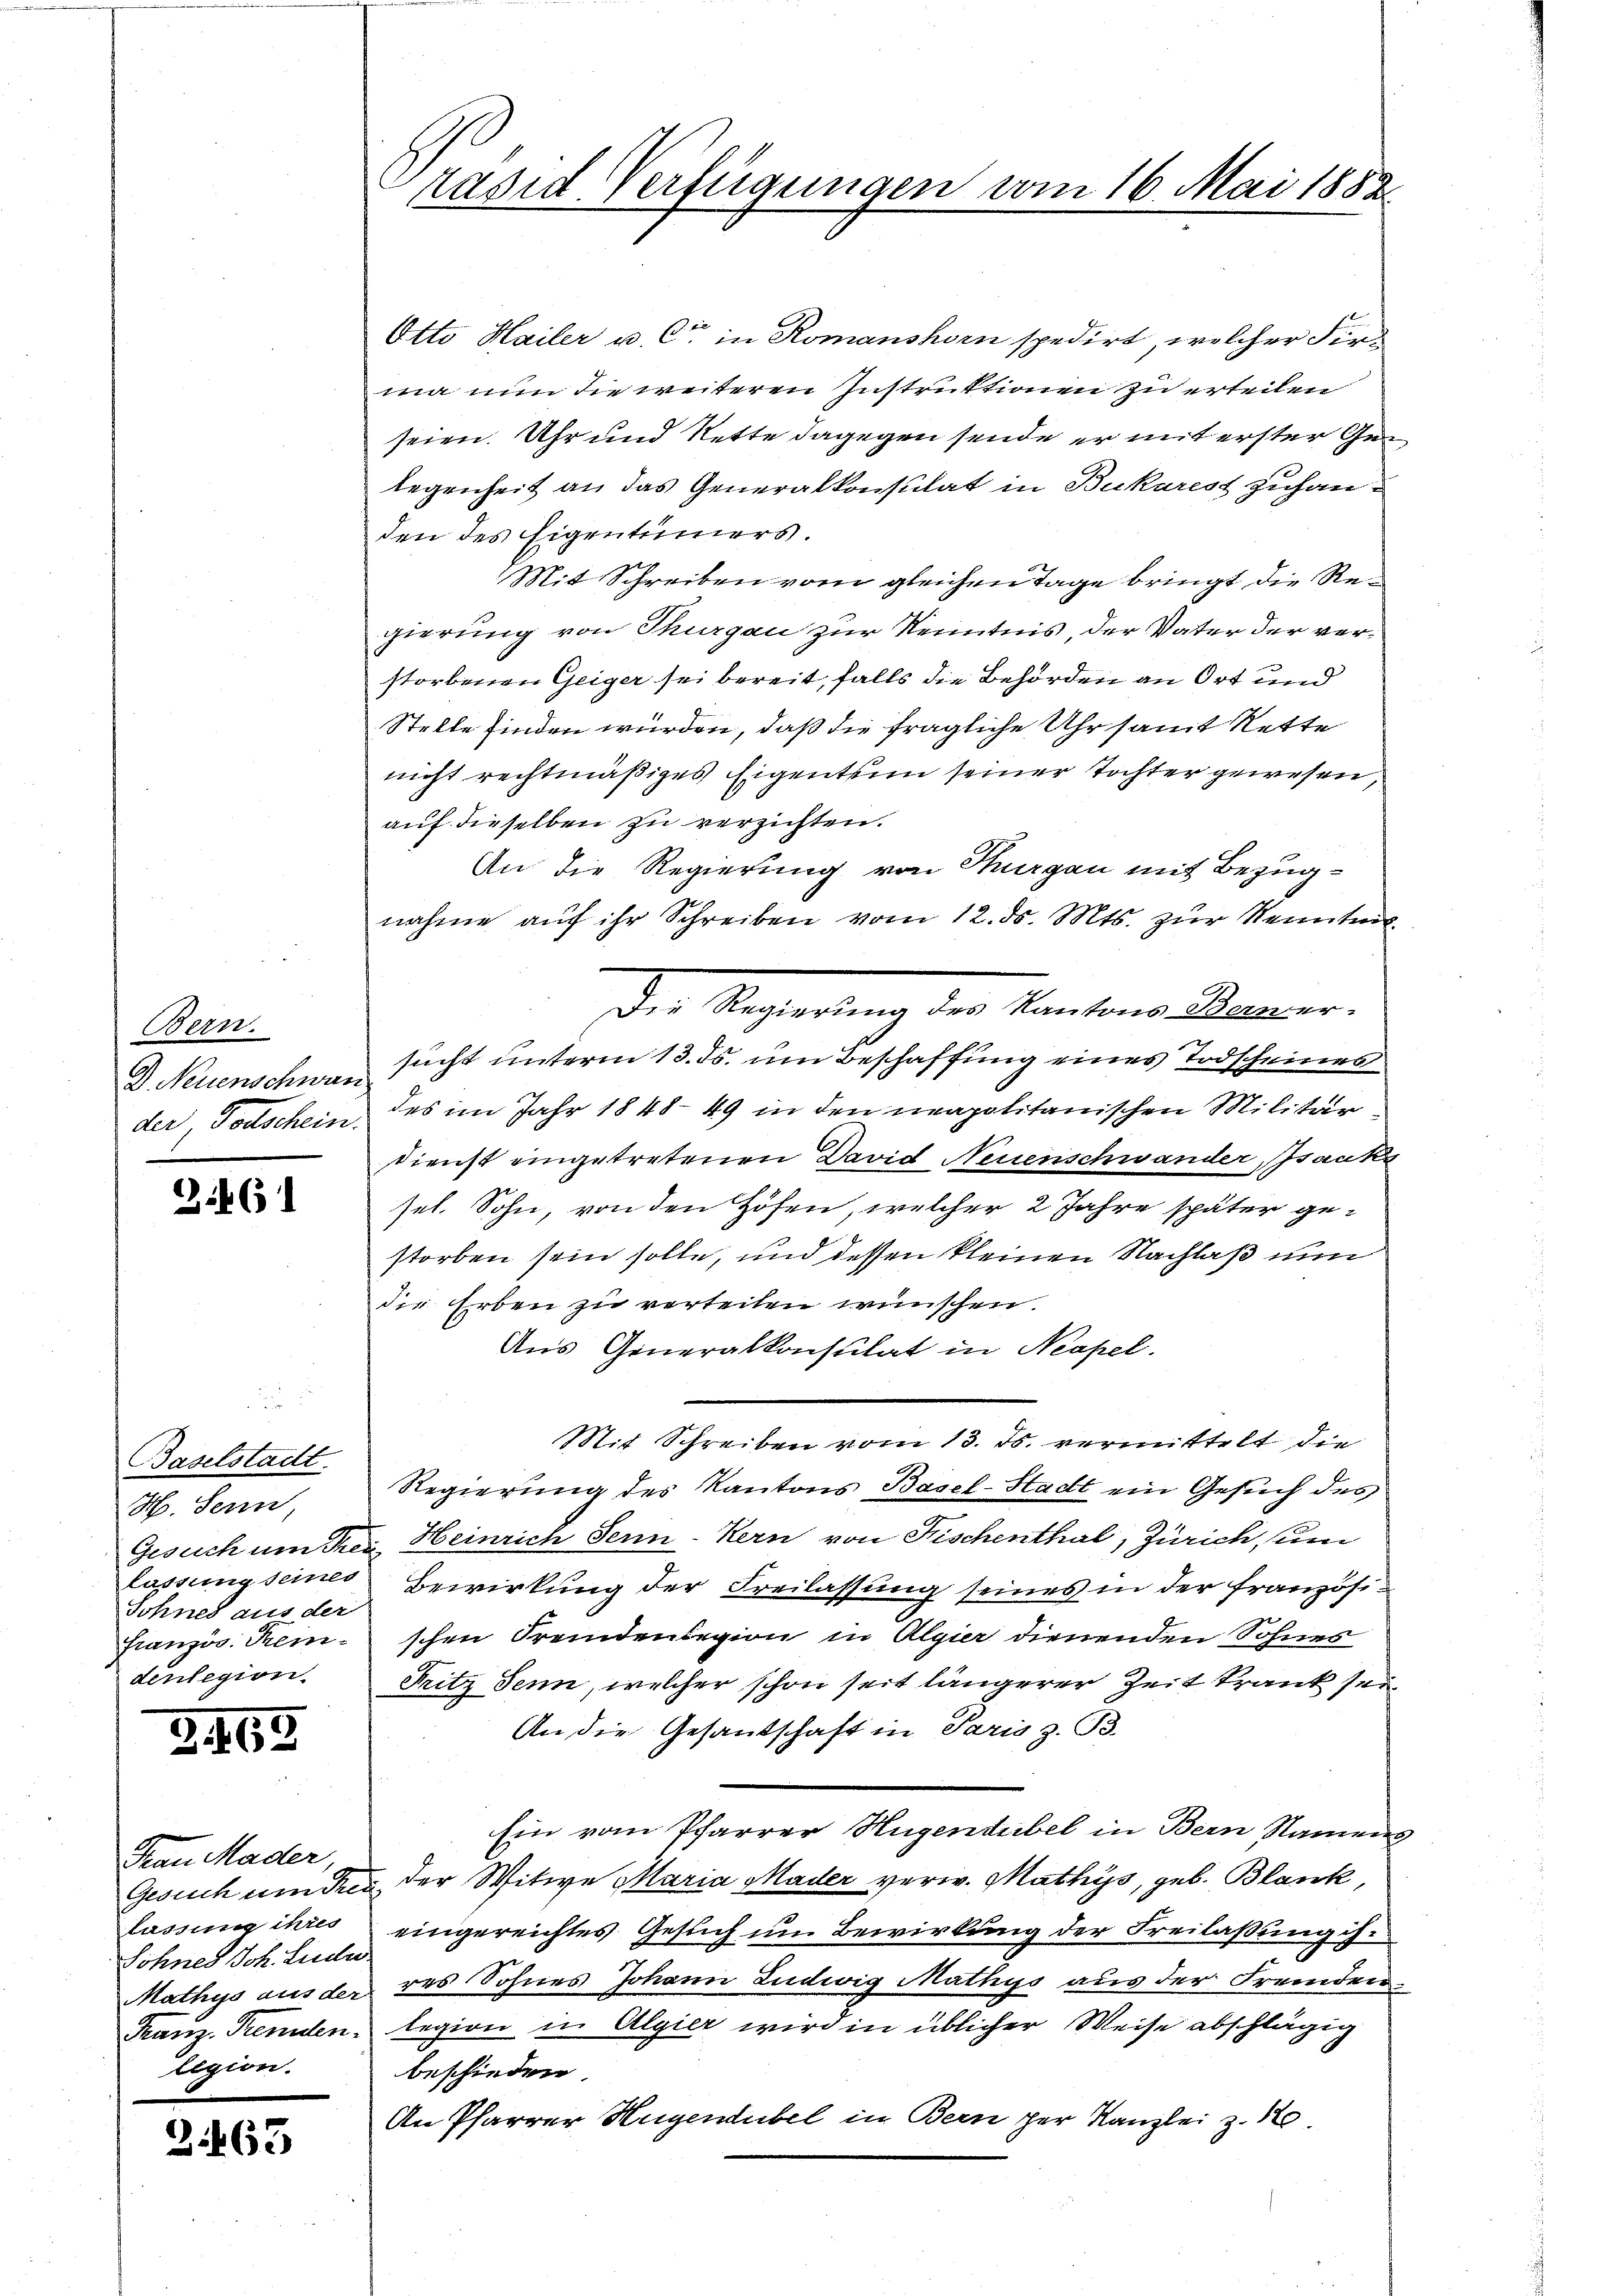
Bern.
D. Neuenschwan

Zif. 61

Baselstadt.
H. Seren,
lassung seines
Sohnes aus der
Französ. Fremdenlegion.

Z. 165

Frau Mader,
lassung ihres
Sohnes Joh. Ludu
legion.

.

463

Präsid Verfügungen vom 16. Mai 1882

Otto Hailer u. C in Romanshorn spedirt, welcher Fir
ma nun die weiteren Instruktionen zu erteilen
seien. Uhr und Nette dagegen sende er mit erster Gelegenheit an das Generalkonsulat in Bukarest zuhanden des Eigentümers.
Mit Schreiben vom gleichen Tage bringt die Regierung von Thurgau zur Kenntnis, der Vater der verstorbenen Geiger sei bereit, falls die Behörden an Ort und
Stelle finden würden, daß die fragliche Uhr samt Rette
nicht rechtmäßiges Eigentum seiner Tochter gewesen,
auf dieselben zu verzichten.
An die Regierung von Sargau mit Bezugnahme aŭf ihr Schreiben vom 12. ds. Mts. zur Kenntni
Der Regierung des Kantons Memor
sucht unterm 13. ds. um Beschaffung eines Todscheines
der, Todschein des im Jahr 1848 49 in den neapolitanischen Militär¬
Dienst eingetretenen David Neuenschwander, sanks
sel. Sohn, von den Höfen, welcher 2 Jahre später gestorben sein solle, und dessen kleinen Nachlaß nu
die Erben zu verteilen wünschen.
Aus Generalkonsulat in Neapel.
Mit Schreiben vom 13. ds. vermittelt die
Regierung des Kantons Basel-Stadt ein Gesuch des
Gesuch um Frei Heinrich Senn-Kern von Fischenthal, Zürich, um
Bewirkung der Freilassung seines in der französischen Fremdenlegion in Algier dienenden Sohnes
Fritz Senn, welcher schon seit längerer Zeit krank sei
An die Gesandschaft in Paris z. B.
Ein vom Pfarrer Hugendübel in Bern Namens
Gesich um drei der Witwe Maria Mader verw. Mathys, geb. Blank,
eingereichtes Gesuch um Bewirkung der Freilaßung ih¬
Mathys aus der des Sohnes Johann Ludwig Mathys aus der Fremden¬
Franz. Fremden legion in Algier wird in üblicher Weise abschlägig
beschieden.
An Pfarrer Hugendübel in Bern per Kanzlei z. 10.